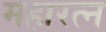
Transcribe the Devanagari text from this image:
महारत्‍न